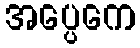
အပ္ပေကေ